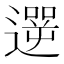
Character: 遻